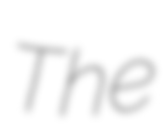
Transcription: The